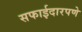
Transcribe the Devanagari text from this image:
सफाईदारपणे